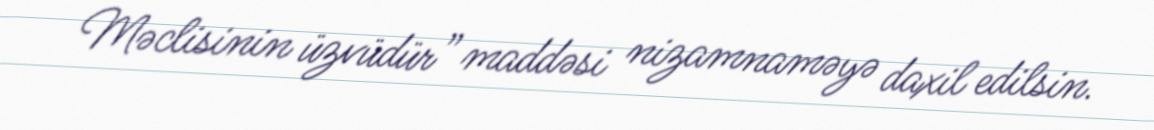
Məclisinin üzvüdür” maddəsi nizamnaməyə daxil edilsin.